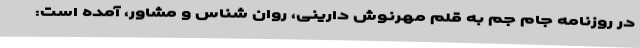
در روزنامه جام جم به قلم مهرنوش دارینی، روان شناس و مشاور، آمده است: